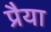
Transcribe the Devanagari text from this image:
प्रैया